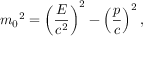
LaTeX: m _ { 0 } { } ^ { 2 } = \left( { \frac { E } { c ^ { 2 } } } \right) ^ { 2 } - \left( { \frac { p } { c } } \right) ^ { 2 } ,